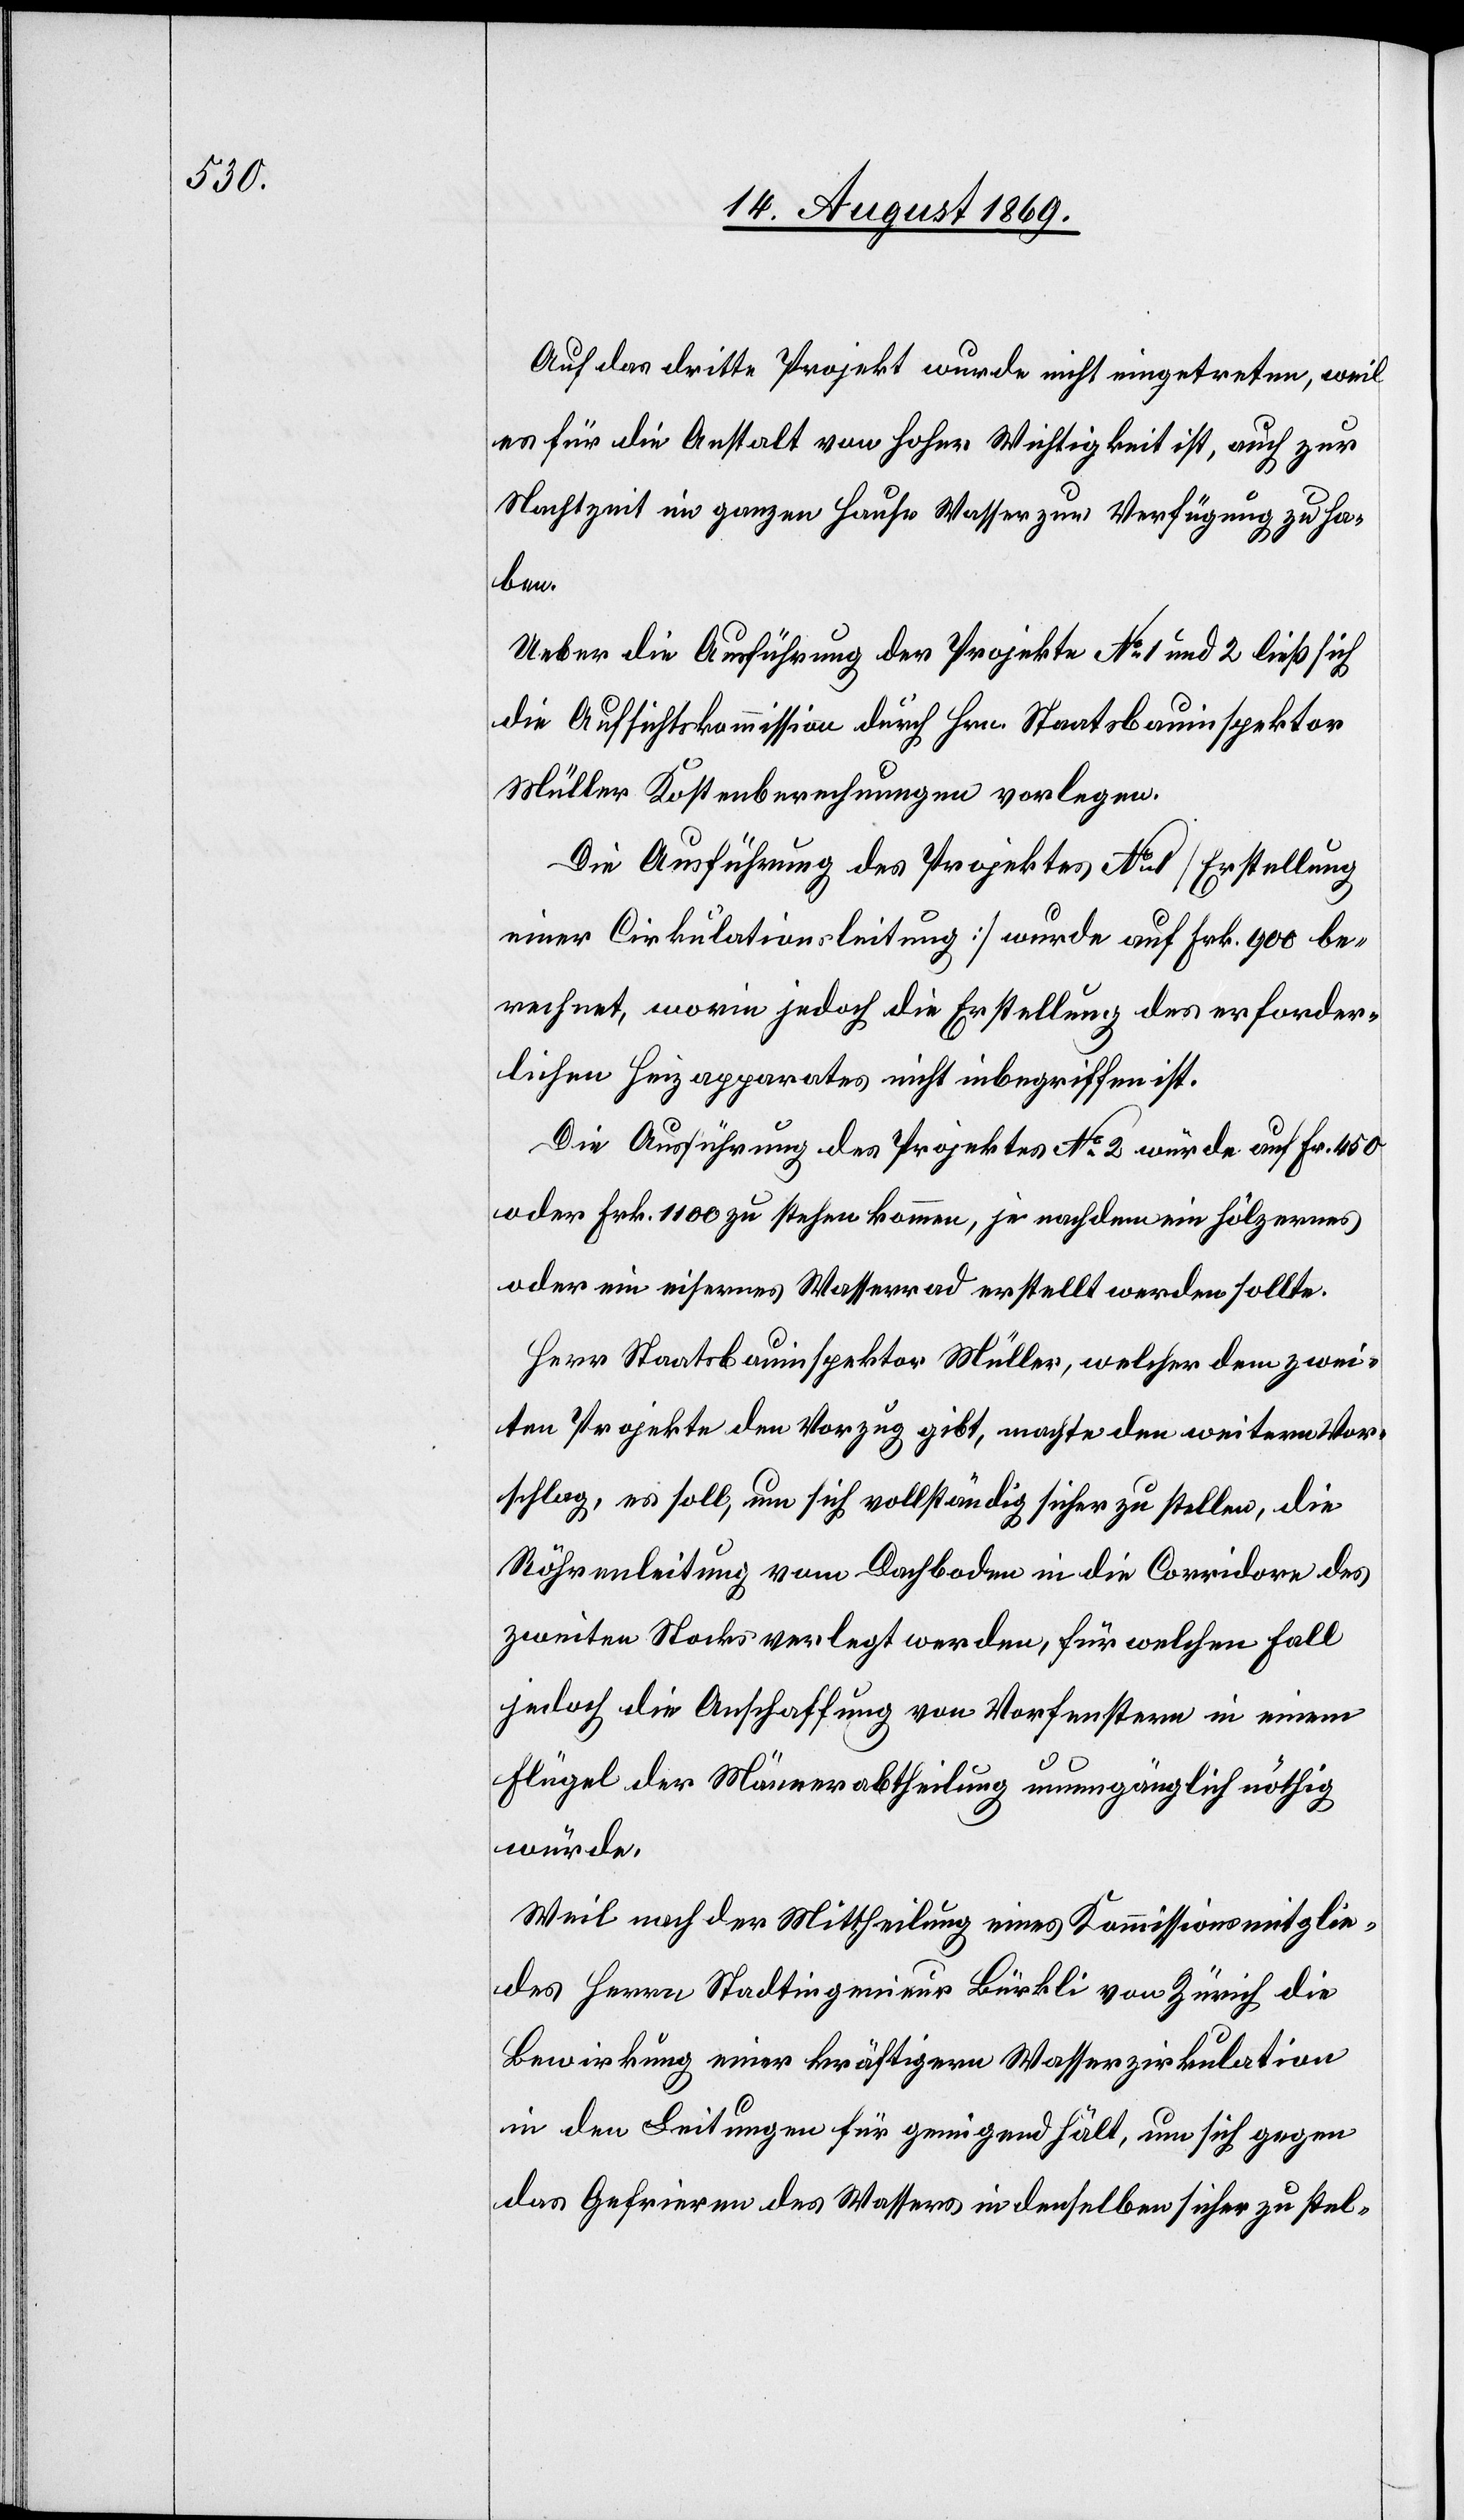
Auf das dritte Projekt wurde nicht eingetreten, weil
es für die Anstalt von hoher Wichtigkeit ist, auch zur
Nachtzeit im ganzen Hause Wasser zur Verfügung zu ha¬
ben.
Ueber die Ausführung der Projekte No 1 und 2 ließ sich
die Aufsichtskommission durch Hrn. Staatsbauinspektor
Müller Kostenberechnungen vorlegen.
Die Ausführung des Projektes No 1 [Erstellung
einer Cirkulationsleitung] wurde auf Frk. 900 be¬
rechnet, worin jedoch die Erstellung des erforder¬
lichen Heizapparates nicht inbegriffen ist.
Die Ausführung des Projektes No 2 würde auf Fr. 450
oder Frk. 1100 zu stehen kommen, je nachdem ein hölzernes
oder ein eisernes Wasserrad erstellt werden sollte.
Herr Staatsbauinspektor Müller, welcher dem zwei¬
ten Projekte den Vorzug gibt, machte den weitern Vor¬
schlag, es soll, um sich vollständig sicher zu stellen, die
Röhrenleitung vom Dachboden in die Corridore des
zweiten Stocks verlegt werden, für welchen Fall
jedoch die Anschaffung von Vorfenstern in einem
Flügel der Männerabtheilung unumgänglich nöthig
würde.
Weil nach der Mittheilung eines Kommissionsmitglie¬
des Herrn Stadtingenieur Bürkli von Zürich die
Bewirkung einer kräftigern Wasserzirkulation
in den Leitungen für genügend hält, um sich gegen
das Gefrieren des Wassers in denselben sicher zu stel-